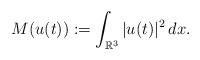
LaTeX: \begin{align*}M(u(t)):=\int_{\mathbb R^3}|u(t)|^2\,dx.\end{align*}